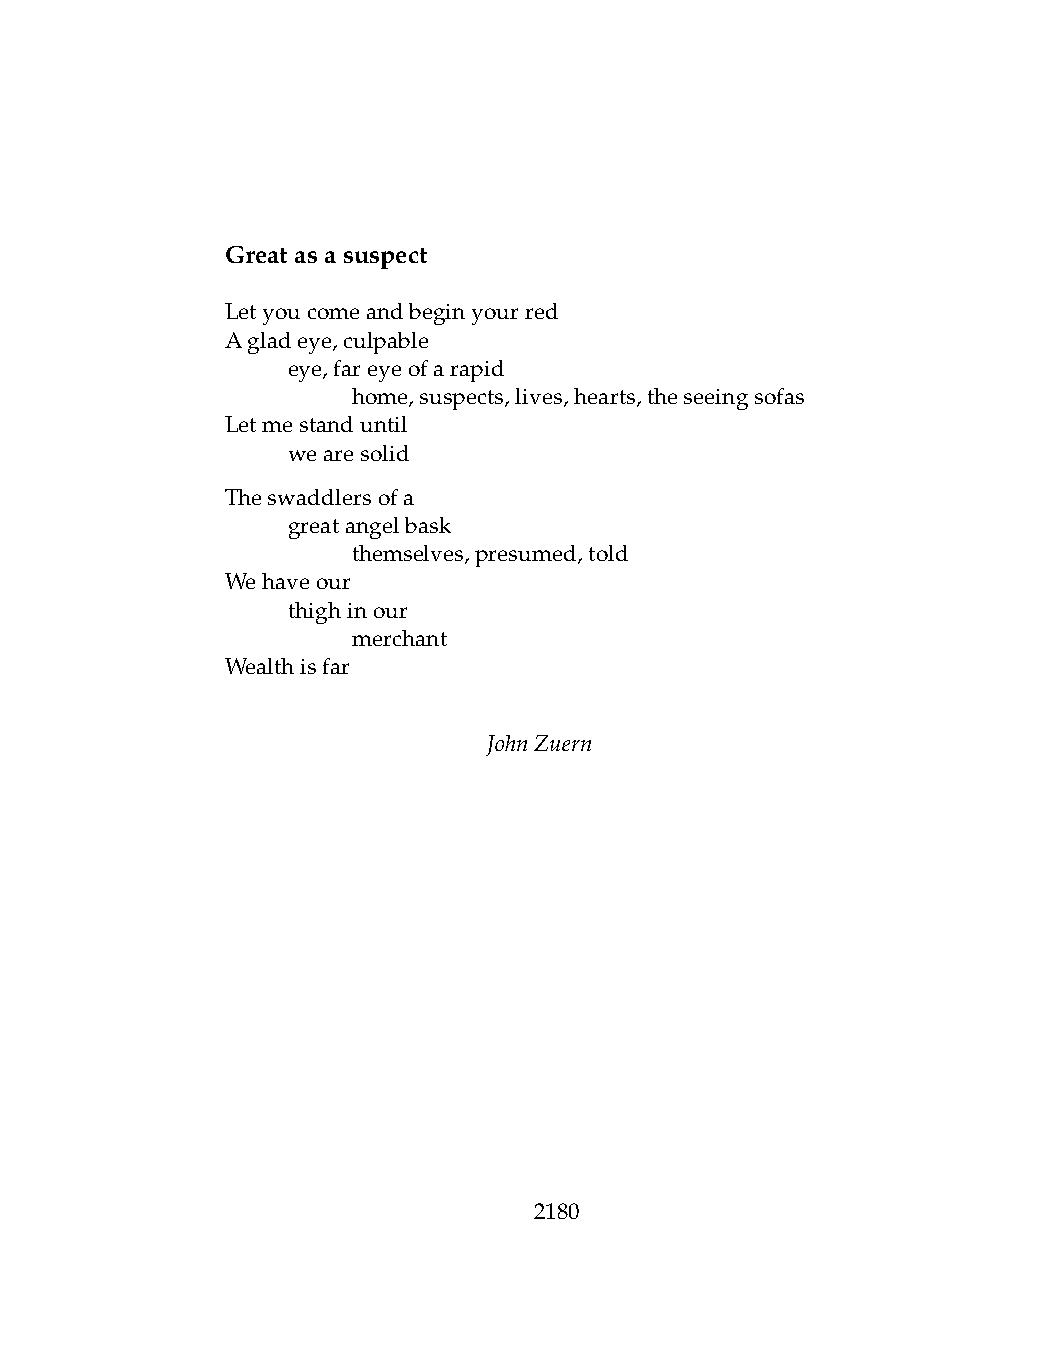
Greatasasuspect
 Letyoucomeandbeginyourred
 Agladeye,culpable
 .   eye,fareyeofarapid
 .   .   home,suspects,lives,hearts,theseeingsofas
 Letmestanduntil
 .   wearesolid
 Theswaddlersofa
 .   greatangelbask
 .   .   themselves,presumed,told
 Wehaveour
 .   thighinour
 .   .   merchant
 Wealthisfar
 JohnZuern
 2180